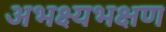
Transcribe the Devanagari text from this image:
अभक्ष्यभक्षण